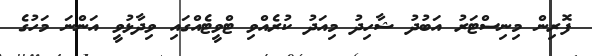
ފޮރިން މިނިސްޓަރު އަބުދު ޝާހިދު މިއަދު ކުރެއްވި ޓްވީޓެއްގައި ވިދާޅުވީ އަންނަ މަހުގެ